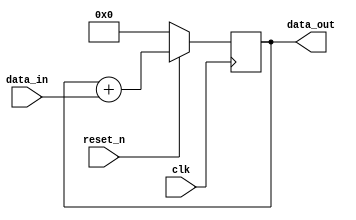
/*
Copyright (c) 2014-2022 Luiz Carlos Gili

Permission is hereby granted, free of charge, to any person obtaining a copy
of this software and associated documentation files (the "Software"), to deal
in the Software without restriction, including without limitation the rights
to use, copy, modify, merge, publish, distribute, sublicense, and/or sell
copies of the Software, and to permit persons to whom the Software is
furnished to do so, subject to the following conditions:

The above copyright notice and this permission notice shall be included in
all copies or substantial portions of the Software.

THE SOFTWARE IS PROVIDED "AS IS", WITHOUT WARRANTY OF ANY KIND, EXPRESS OR
IMPLIED, INCLUDING BUT NOT LIMITED TO THE WARRANTIES OF MERCHANTABILITY
FITNESS FOR A PARTICULAR PURPOSE AND NONINFRINGEMENT. IN NO EVENT SHALL THE
AUTHORS OR COPYRIGHT HOLDERS BE LIABLE FOR ANY CLAIM, DAMAGES OR OTHER
LIABILITY, WHETHER IN AN ACTION OF CONTRACT, TORT OR OTHERWISE, ARISING FROM,
OUT OF OR IN CONNECTION WITH THE SOFTWARE OR THE USE OR OTHER DEALINGS IN
THE SOFTWARE.
*/

// Language: Verilog 2001

`timescale 1ns / 1ps

module integrator
/*********************************************************************************************/
#(parameter DATA_IN_WIDTH = 8 , DATA_OUT_WIDTH = 9)
/*********************************************************************************************/
(
    input   clk,
    input   reset_n,
    input   signed [DATA_IN_WIDTH-1:0] data_in,
    output  reg signed [DATA_OUT_WIDTH-1:0] data_out
);
/*********************************************************************************************/
always @(posedge clk)
begin
    if (!reset_n)
        data_out <= 0;
    else
        data_out <= data_out + data_in;
end
/*********************************************************************************************/
endmodule